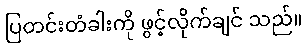
ပြတင်းတံခါးကို ဖွင့်လိုက်ချင် သည်။